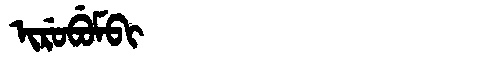
Manchu: ᡳᡵᡠᠪᡠᠮᠪᡳ
Romanization: IRUBUMBI